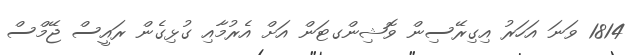
1814 ވަނަ އަހަރު އިގިރޭސިން ވޮޝިންގޓަން އަށް އެރުމާއި ގުޅިގެން ރައީސް ޖޭމްސް